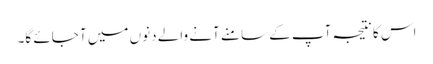
اس کا نتیجہ آپ کے سامنے آنے والے دنوں میں آ جائے گا۔